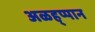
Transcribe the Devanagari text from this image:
अळह्प्पान